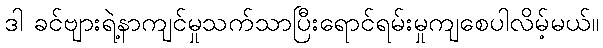
ဒါ ခင်ဗျားရဲ့နာကျင်မှုသက်သာပြီးရောင်ရမ်းမှုကျစေပါလိမ့်မယ်။